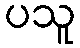
ပသူ